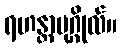
ရဟန္တာပုဂ္ဂိုလ်။